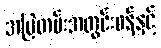
အမြဲတမ်းအတွင်းဝန်နှင့်